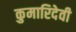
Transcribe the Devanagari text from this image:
कुमारिदेवी